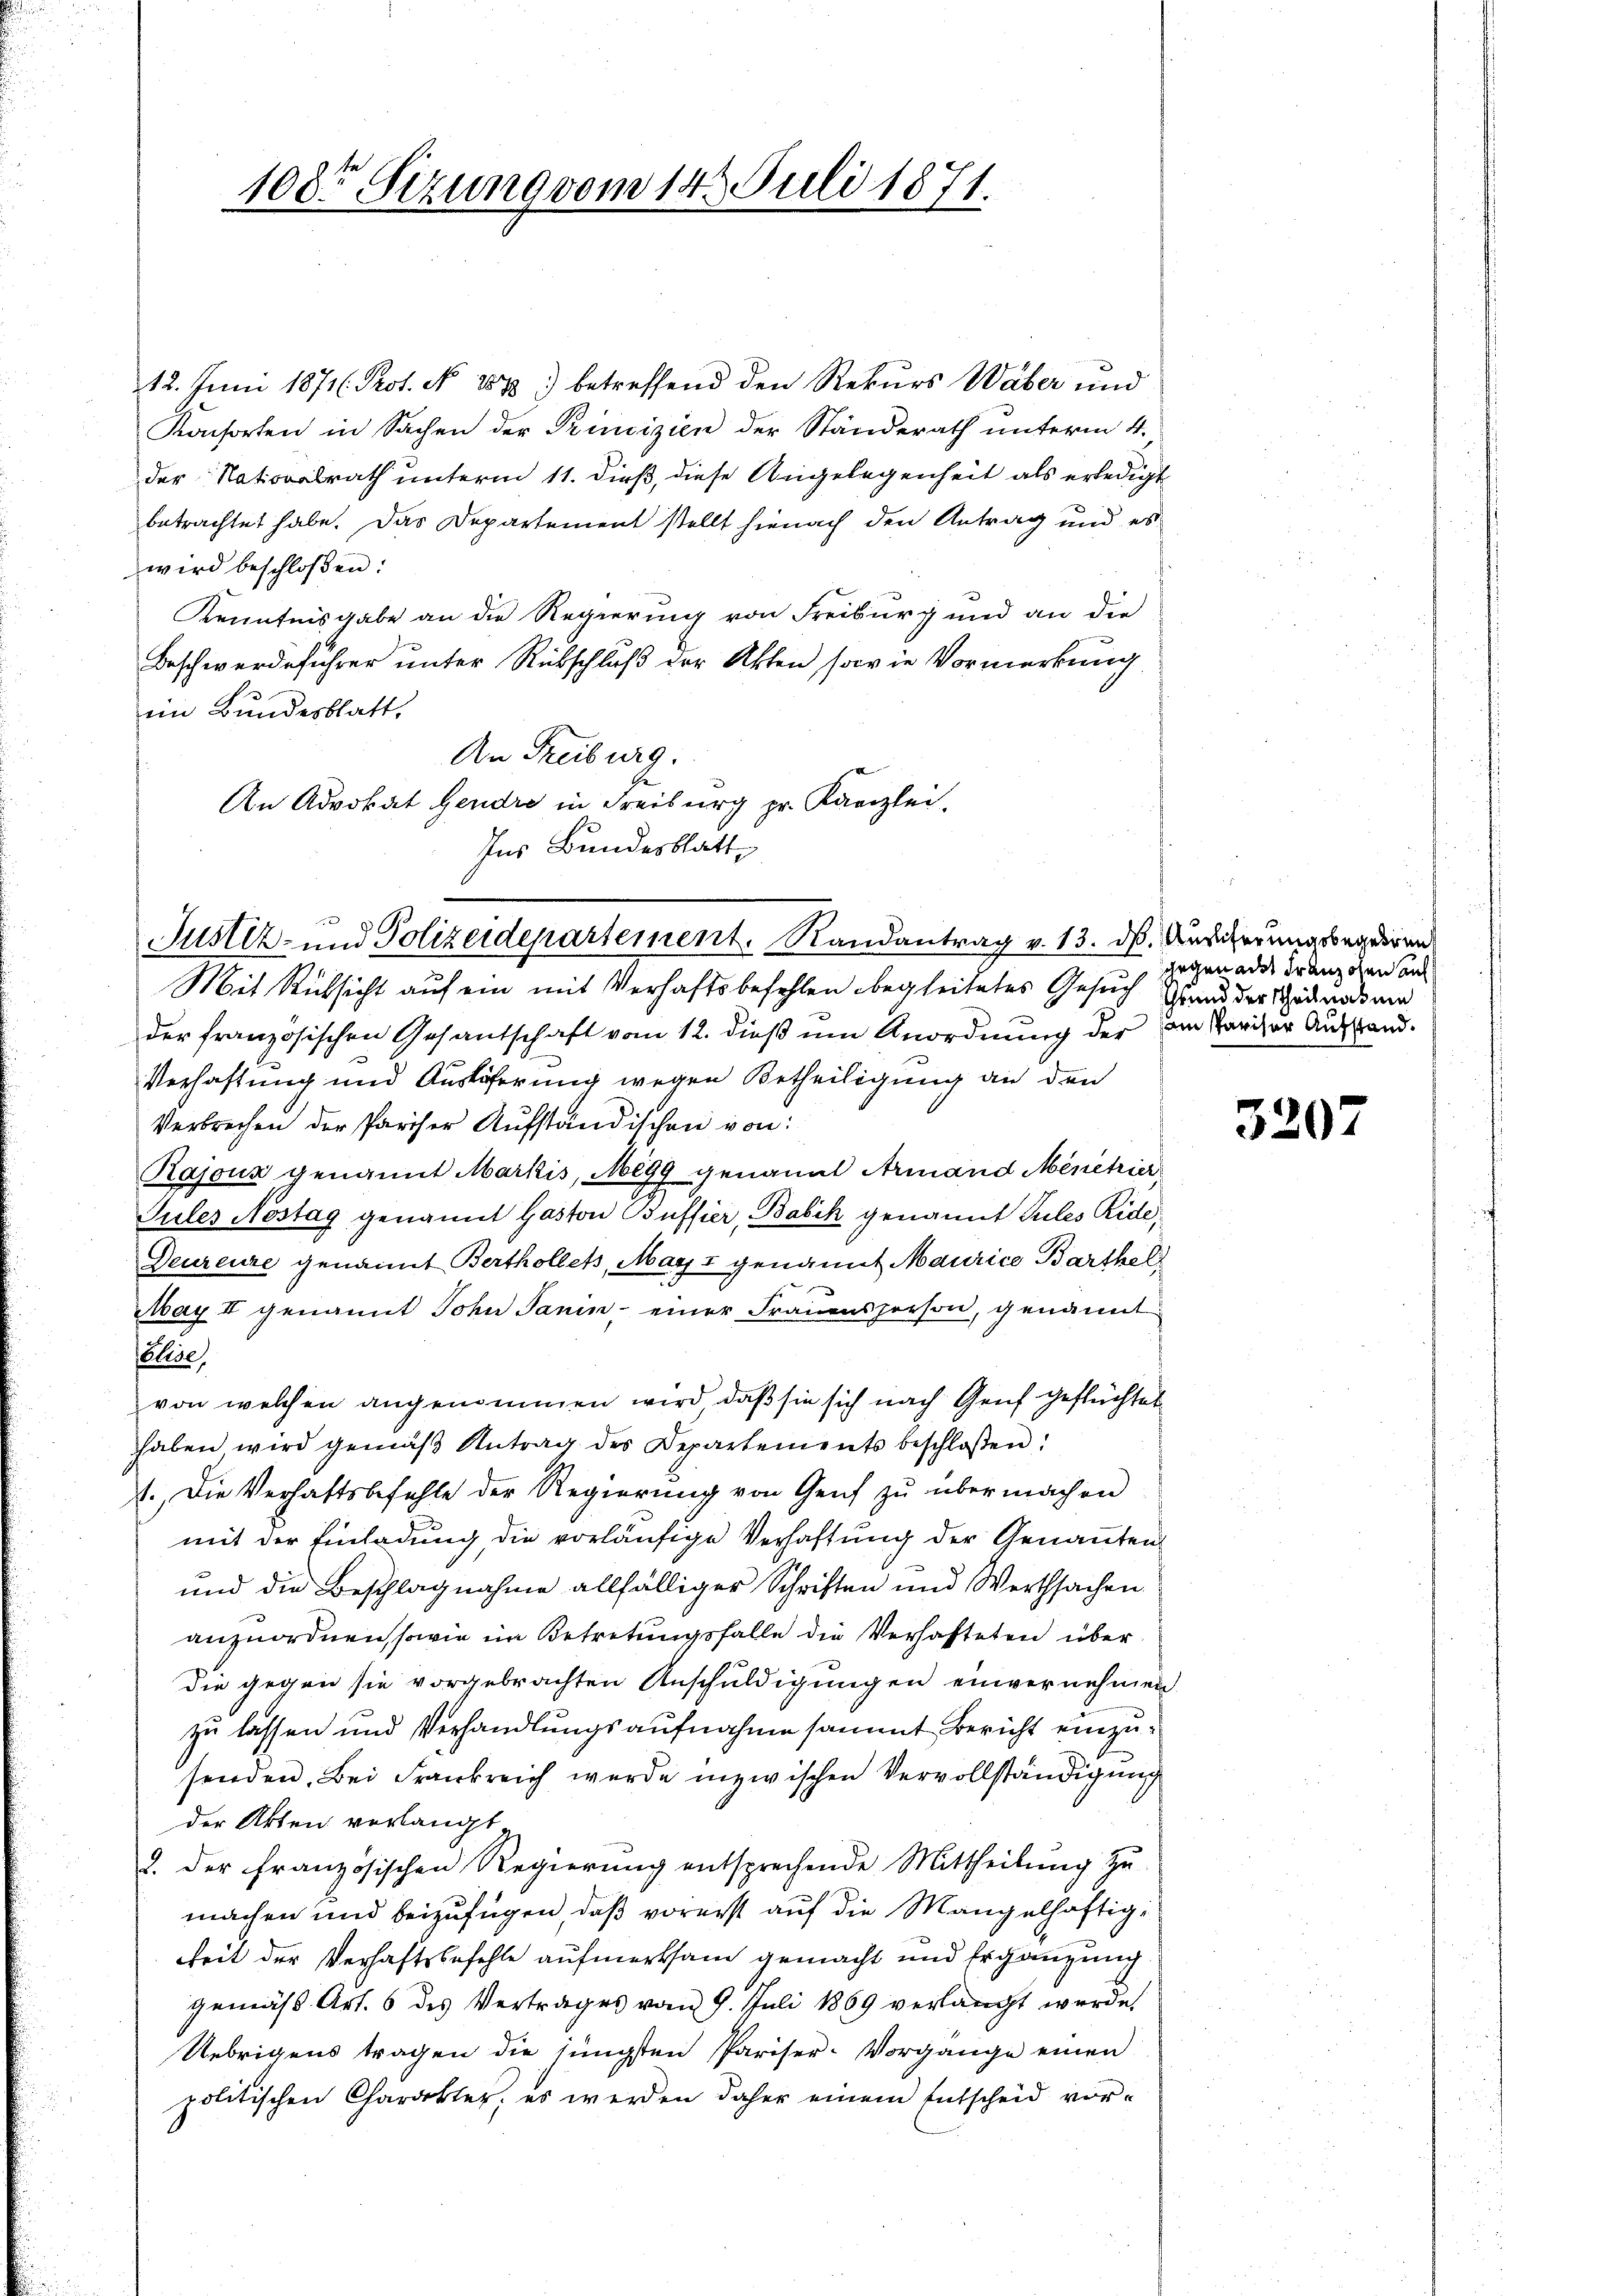
108 Sezung vom 14. Juli 1871.

12. Juni 1871. Prot. N. 287) betreffend den Rekurs Waber und
Konsorten in Sachen der Prindizien der Standerath unterm 4.
der Nationalrath unterm 11. dieß, diese Angelegenheit als erledigt
betrachtet habe. Das Departement stellt hienach den Antrag und es
wird beschloßen:
Kenntnisgabe an die Regierung von Freiburg und an die
Beschwerdeführer unter Rückschluß der Akten sowie Vormerkung
im Bundesblatt.
An Freiburg.
An Advokat Gendre in Freiburg pr. Kanzlei,
Ins Bundesblatt

Mit Rücksicht auf ein mit Verhaftsbefehlen begleitetes Gesuch und der Schadenats und
der französischen Gesantschaft vom 12. dieß um Anordnung der im Parizur Ausstand.
Verhaftung und Aushöferung wegen Betheiligung an den
Verbrechen der Pariser Aufständischen von:
Rajouz genannt Markis, Megg genannt Armand Menetrier
Tules Nostag genannt Gaston Büffier, Babik genannt Sules Ride,
Deurenze genannt Berthollets, May I genannt Maurice Barthel¬
May II genannt John Janin einer Frauensperson, genannt
aline,
von welchen angenommen wird, daß sie sich nach Genf geflüchtet
haben wird gemäβ Antrag des Departements beschloßen:
1. Die Verhaftsbefehle der Regierung von Genf zŭ übermachen
mit der Einladung die vorläufige Verhaftung der Genannten
und die Beschlagnahme allfälliger Schriften und Werthsachen
anzuordnen, sowie im Betretungsfalle die Verhafteten über
die gegen sie vorgebrachten Anschuldigungen einvernehmen
zu lassen und Verhandlungsaufnahme sammt Bericht einzusenden. Bei Frankreich werde inzwischen Vervollständigung
der Akten verlangt
2. der französischen Regierung entsprechende Mittheilung zu
machen und beizufügen, daß vorerst auf die Mangelhaftigkeit der Verhaftsbefehle aufmerksam gemacht und Ergänzung
gemäß Art. 6 des Vertrages vom 9. Juli 1869 verlangt werde,
Uebrigens tragen die jüngsten Pariser-Vorgänge einen
politischen Charakter, es werden daher einem Entscheid vor¬

Justiz- und Polizeidepartement. Randantrag v. 13. ds. Anscherungsbegehren

gegen ader Franzosen auf

3207